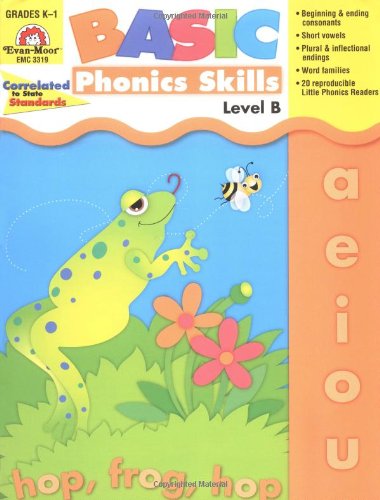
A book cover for Basic Phonics Skills, Level B; Katherine Scraper; Reference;